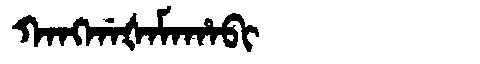
Manchu: ᡴᠠᠩᡤᠠᡧᠠᠮᠠᡥᠠᠪᡳ
Romanization: KANGGAŠAMAHABI